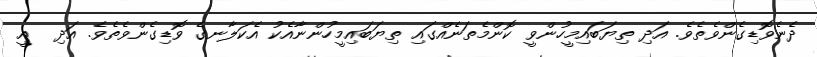
ދެނެވޮޑިގެންވެތެވެ. އަދި ތިޔަބައިމީހުންވީ ކޮންމެތަނެއްގައި ތިޔަބައިމީހުންނާއެކު އެކަލާނގެ ވޮޑިގެންވެތެވެ. އަދި  އީ